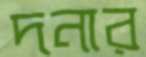
দনার